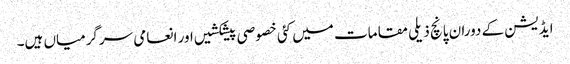
ایڈیشن کے دوران پانچ ذیلی مقامات میں کئی خصوصی پیشکشیں اور انعامی سرگرمیاں ہیں۔